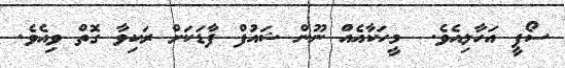
ސޯފީ އަހާލިއެވެ.  މީހަކާއެއް ނޫން ޝައުފް ފާޑަކަށް ރަކިވާ ގޮތް ވިއެވެ.